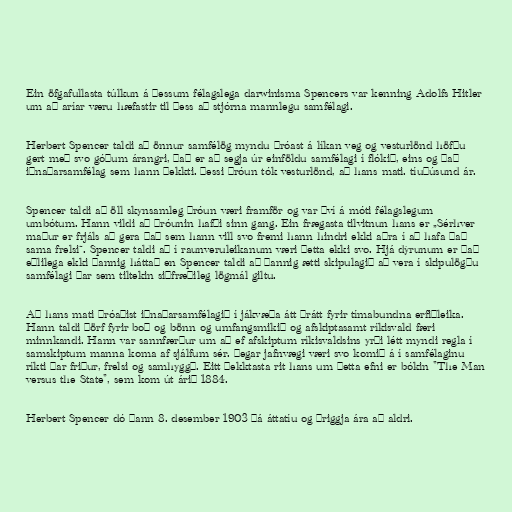
Ein öfgafullasta túlkun á þessum félagslega darwinisma Spencers var kenning Adolfs Hitler
um að aríar væru hæfastir til þess að stjórna mannlegu samfélagi.

Herbert Spencer taldi að önnur samfélög myndu þróast á líkan veg og vesturlönd höfðu
gert með svo góðum árangri, það er að segja úr einföldu samfélagi í flókið, eins og það
iðnaðarsamfélag sem hann þekkti. Þessi þróun tók vesturlönd, að hans mati. tíuþúsund ár.

Spencer taldi að öll skynsamleg þróun væri framför og var því á móti félagslegum
umbótum. Hann vildi að þróunin hafði sinn gang. Ein frægasta tilvitnun hans er „Sérhver
maður er frjáls að gera það sem hann vill svo fremi hann hindri ekki aðra í að hafa það
sama frelsi“. Spencer taldi að í raunveruleikanum væri þetta ekki svo. Hjá dýrunum er það
eðlilega ekki þannig háttað en Spencer taldi að þannig ætti skipulagið að vera í skipulögðu
samfélagi þar sem tiltekin siðfræðileg lögmál giltu.

Að hans mati þróaðist iðnaðarsamfélagið í jákvæða átt þrátt fyrir tímabundna erfiðleika.
Hann taldi þörf fyrir boð og bönn og umfangsmikið og afskiptasamt ríkisvald færi
minnkandi. Hann var sannfærður um að ef afskiptum ríkisvaldsins yrði létt myndi regla í
samskiptum manna koma af sjálfum sér. Þegar jafnvægi væri svo komið á í samfélaginu
ríkti þar friður, frelsi og samhyggð. Eitt þekktasta rit hans um þetta efni er bókin "The Man
versus the State", sem kom út árið 1884.

Herbert Spencer dó þann 8. desember 1903 þá áttatíu og þriggja ára að aldri.